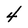
Character: 4